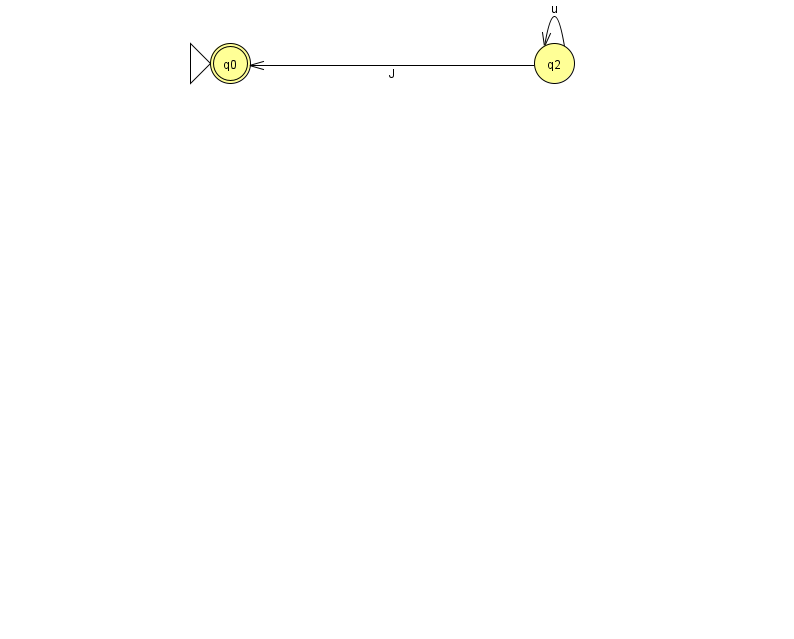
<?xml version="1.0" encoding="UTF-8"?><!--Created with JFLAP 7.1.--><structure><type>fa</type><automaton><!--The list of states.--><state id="0" name="q0"><x>230.0</x><y>50.0</y><initial/><final/></state><state id="2" name="q2"><x>554.0</x><y>50.0</y></state><!--The list of transitions.--><transition><from>2</from><to>0</to><read>J</read></transition><transition><from>2</from><to>2</to><read>u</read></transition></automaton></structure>